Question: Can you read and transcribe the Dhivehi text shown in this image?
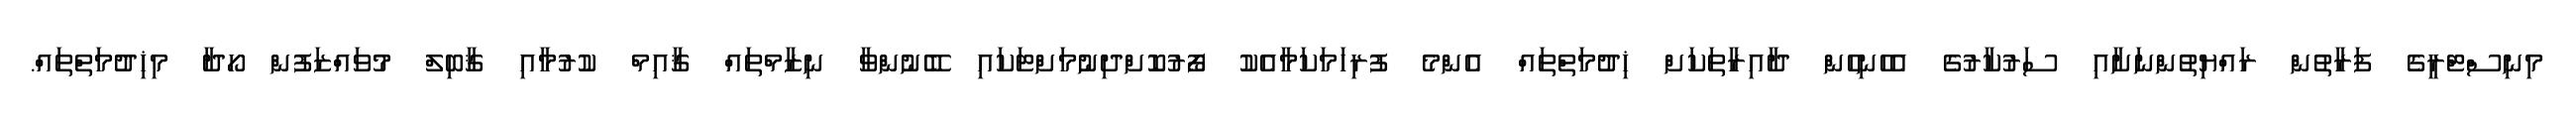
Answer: މިނިސްޓްރީގެ ފަރާތުން ރައްޔިތުންނަށާއި ސަރުކާރުގެ އެހެނިހެން ދާއިރާތަކަށް ޚިދުމަތްތައް އެންމެ ފުރިހަމަކަމާއެކު ފޯރުކޮށްދިނުމަށްޓަކައި ބޭނުންވާ ނިޒާމްތައް ޤާއިމް ކުރުމާއި ޤާބިލް މުވައްޒަފުން ހޯދާ މިޚިދުމަތްތައް.